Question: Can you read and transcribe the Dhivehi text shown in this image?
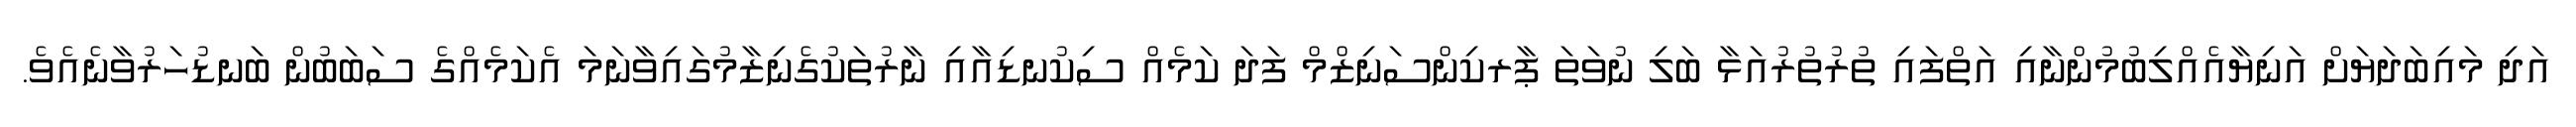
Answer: އަދި މައިބަދަޔަށް އަނިޔާއެއްލިބުމުންނާއި އަތްފައި ތުރުތުރުއަޅާ ބަލި ނުވަތަ ޕާރކިންސަނިޒްމް ފަދަ ކަމެއް ސިކުނޑިއާއި ނާރުތަކުގެނިޒާމުގައިވާނަމަ އެކަމެއްގެ ސަބަބުން ބަނޑުހަރުވާނެއެވެ.